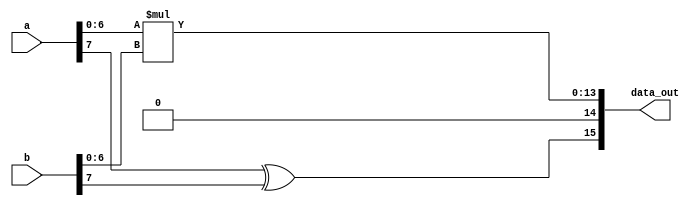
module multi(
					a,
					b,
					data_out
);

input [7:0]a,b;

output [15:0]data_out;

wire [14:0]ab;

assign ab = a[6:0] * b[6:0];
assign data_out = {a[7]^b[7],ab};


endmodule